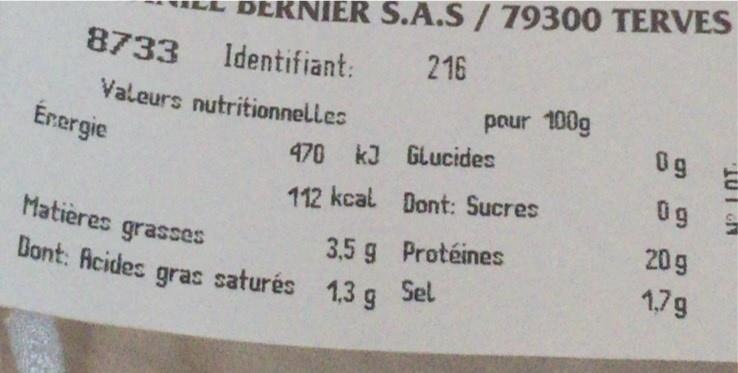
EKNIER S.A.S/ 79300 TERVES 216
8733 Identifiant:
pour 100g
Valeurs nutritionnell.es Énergie
0g
470 kJ GLucides
09
112 kcal Dont: Sucres
Matières grasses
20g
3,5 g Protéines
1,7g
Dont: Acides gras saturés 1,3 g Sel